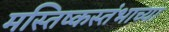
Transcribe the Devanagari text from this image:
मस्तिष्कस्तंभाच्या